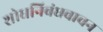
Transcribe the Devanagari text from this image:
शोधनिबंधवाचन